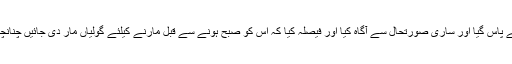
اور اس سے اجازت لیکر واپس اپنے کمرے میں موجود دوستوں کے پاس گیا اور ساری صورتحال سے آگاہ کیا اور فیصلہ کیا کہ اس کو صبح ہونے سے قبل مارنے کیلئے گولیاں مار دی جائیں چنانچہ فیلیکس واپس تہہ خانے میں پہنچا اور راسپوٹین پر فائر کھول دیا۔